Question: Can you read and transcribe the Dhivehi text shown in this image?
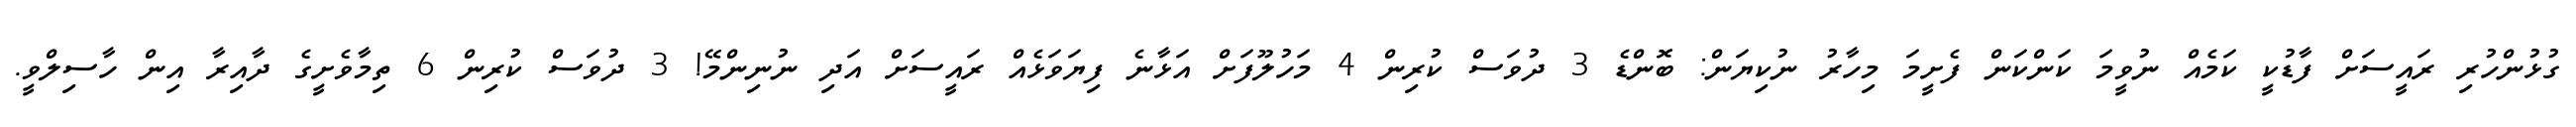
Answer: ގުޅުންހުރި ރައީސަށް ފާޑުކީ ކަމެއް ނުވީމަ ކަންކަން ފެށީމަ މިހާރު ނުކިޔަން: ބޮންޑެ 3 ދުވަސް ކުރިން 4 މަހުލޫފަށް އަޅާނެ ފިޔަވަޅެއް ރައީސަށް އަދި ނުނިންމޭ! 3 ދުވަސް ކުރިން 6 ތިމާވެށީގެ ދާއިރާ އިން ހާސިލްވީ.